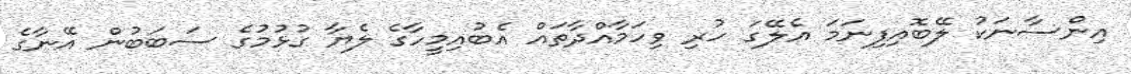
އިންސާނަކު ލޭބޮއިފިނަމަ އެލޭގަ ހުރި ވިހަމާއްދާތައް އެބުއިމީހާގެ ލެޔާ ގުޅުމުގެ ސަބަބުން އޭނާގެ